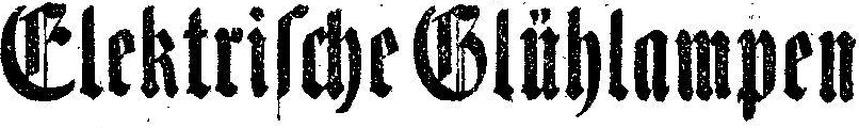
Elektrische Glühlampen